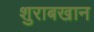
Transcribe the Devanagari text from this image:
शुराबखान